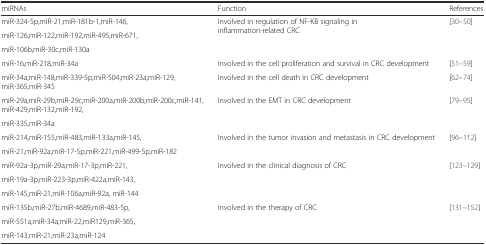
<table><thead><tr><td><b>miRNAs</b></td><td><b>Function</b></td><td><b>References</b></td></tr></thead><tbody><tr><td>miR-324-5p,miR-21,miR-181b-1,miR-146,</td><td rowspan="3">Involved in regulation of NF-KB signaling in inflammation-related CRC</td><td rowspan="3">[30–50]</td></tr><tr><td>miR-126,miR-122,miR-192,miR-495,miR-671,</td></tr><tr><td>miR-106b,miR-30c,miR-130a</td></tr><tr><td>miR-16,miR-218,miR-34a</td><td>Involved in the cell proliferation and survival in CRC development</td><td>[51–59]</td></tr><tr><td>miR-34a,miR-148,miR-339-5p,miR-504,miR-23a,miR-129,miR-365,miR-345</td><td>Involved in the cell death in CRC development</td><td>[62–74]</td></tr><tr><td>miR-29a,miR-29b,miR-29c,miR-200a,miR-200b,miR-200c,miR-141,miR-429,miR-132,miR-192,</td><td rowspan="2">Involved in the EMT in CRC development</td><td rowspan="2">[79–95]</td></tr><tr><td>miR-335,miR-34a</td></tr><tr><td>miR-214,miR-155,miR-483,miR-133a,miR-145,</td><td rowspan="2">Involved in the tumor invasion and metastasis in CRC development</td><td rowspan="2">[96–112]</td></tr><tr><td>miR-21,miR-92a,miR-17-5p,miR-221,miR-499-5p,miR-182</td></tr><tr><td>miR-92a-3p,miR-29a,miR-17-3p,miR-221,</td><td rowspan="3">Involved in the clinical diagnosis of CRC</td><td rowspan="3">[123–129]</td></tr><tr><td>miR-19a-3p,miR-223-3p,miR-422a,miR-143,</td></tr><tr><td>miR-145,miR-21,miR-106a,miR-92a, miR-144</td></tr><tr><td>miR-135b,miR-27b,miR-4689,miR-483-5p,</td><td rowspan="3">Involved in the therapy of CRC</td><td rowspan="3">[131–152]</td></tr><tr><td>miR-551a,miR-34a,miR-22,miR129,miR-365,</td></tr><tr><td>miR-143,miR-21,miR-23a,miR-124</td></tr></tbody></table>